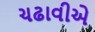
ચઢાવીએ